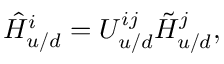
\hat { H } _ { u / d } ^ { i } = U _ { u / d } ^ { i j } \tilde { H } _ { u / d } ^ { j } ,